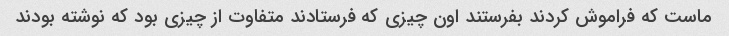
ماست که فراموش کردند بفرستند اون چیزی که فرستادند متفاوت از چیزی بود که نوشته بودند